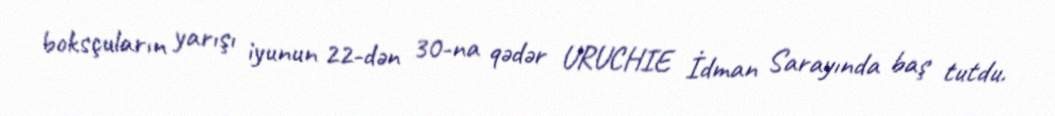
boksçuların yarışı iyunun 22-dən 30-na qədər URUCHIE İdman Sarayında baş tutdu.